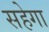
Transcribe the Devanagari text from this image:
सहेगा